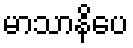
မာသာနိပေ